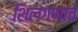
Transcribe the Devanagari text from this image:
शिलंगणाचे